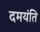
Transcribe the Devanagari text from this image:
दमयंति